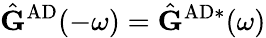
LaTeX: \hat{\mathbf{G}}^{\mathrm{AD}}(-\omega)=\hat{\mathbf{G}}^{\mathrm{AD}*}(\omega)